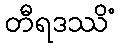
တီရဒဿိံ